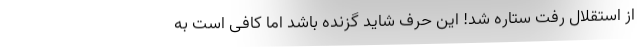
از استقلال رفت ستاره شد! این حرف شاید گزنده باشد اما کافی است به